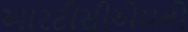
આરટીસીએમનો